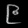
Digit: ၉